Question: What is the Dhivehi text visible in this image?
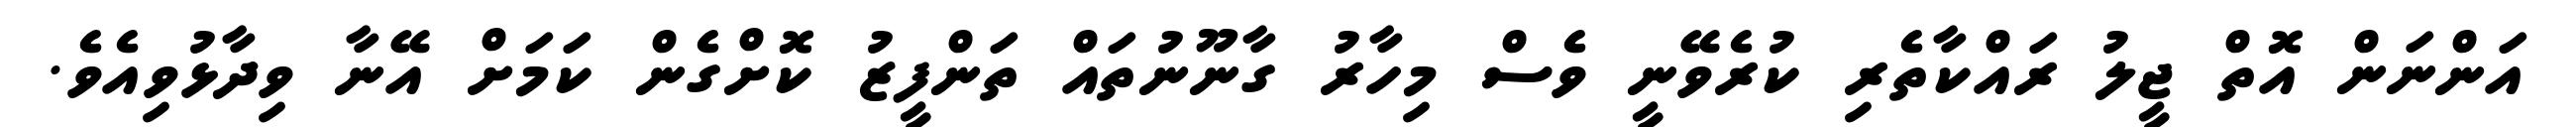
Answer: އަންނަން އޮތް ޖީލު ރައްކާތެރި ކުރެވޭނީ ވެސް މިހާރު ގާނޫނުތައް ތަންފީޒު ކޮށްގެން ކަމަށް އޭނާ ވިދާޅުވިއެވެ.